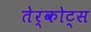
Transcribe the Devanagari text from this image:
तेर्कोट्स